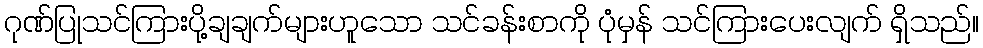
ဂုဏ်ပြုသင်ကြားပို့ချချက်များဟူသော သင်ခန်းစာကို ပုံမှန် သင်ကြားပေးလျက် ရှိသည်။